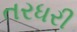
તરધરી